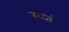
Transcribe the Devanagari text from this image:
खतं